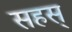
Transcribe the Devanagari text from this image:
सहस्